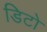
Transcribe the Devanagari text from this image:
डिटो